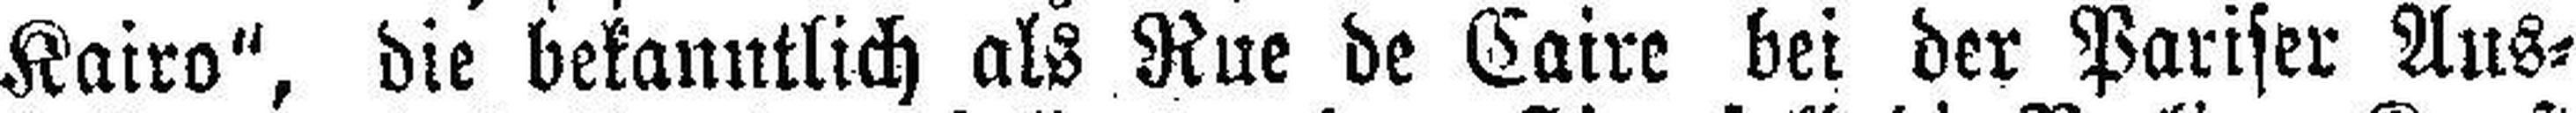
Kairo", die bekanntlich als Rue de Caire bei der Pariser Aus¬